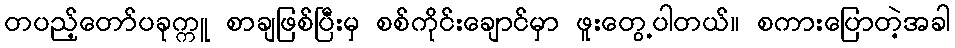
တပည့်တော်ပခုက္ကူ စာချဖြစ်ပြီးမှ စစ်ကိုင်းချောင်မှာ ဖူးတွေ့ပါတယ်။ စကားပြောတဲ့အခါ